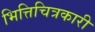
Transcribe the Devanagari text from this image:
भित्तिचित्रकारी